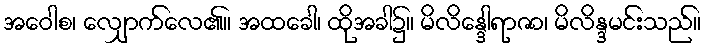
အဝေါစ၊ လျှောက်လေ၏။ အထခေါ၊ ထိုအခါ၌။ မိလိန္ဒေါရာဇာ၊ မိလိန္ဒမင်းသည်။